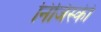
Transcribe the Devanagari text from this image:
निजिंस्की